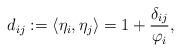
LaTeX: \begin{align*} d_{ij}:=\langle\eta_i,\eta_j\rangle=1+\frac{\delta_{ij}}{\varphi_i},\end{align*}